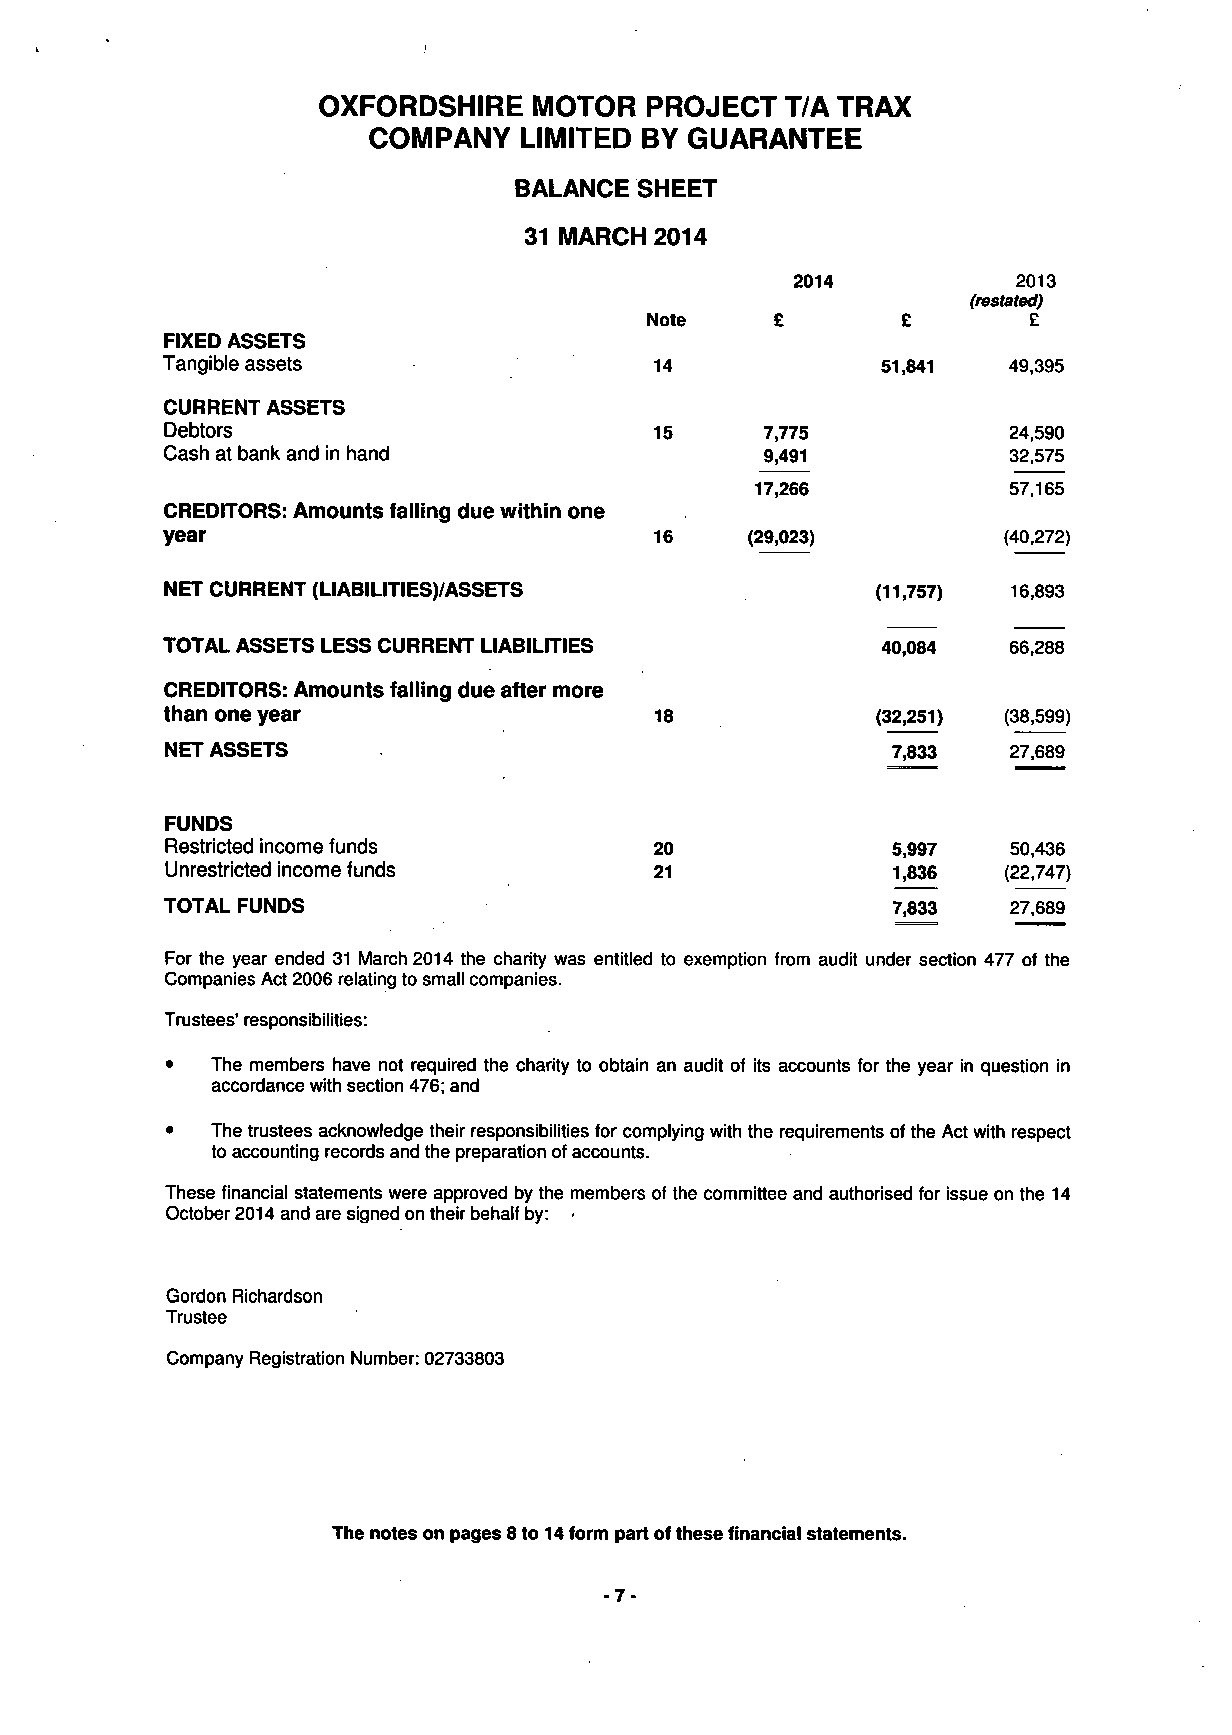
OXFORDSHIRE   MOTOR   PROJECT  T/A TRAX
 COMPANY    LIMITED BY GUARANTEE
 BALANCE SHEET
 31 MARCH 2014
 2014          2013
 (restated)
 Note             £       £
 FIXED ASSETS
 Tangible assets                 14             51,841   49,395
 CURRENT ASSETS
 Debtors                         15      7,775           24,590
 Cash at bank and in hand                9,491           32,575
 57,165
 17,266
 CREDITORS: Amounts falling due within one
 year                            16                     (40,272)
 (29,023)
 NET CURRENT (LIABILITIES)/ASSETS               (11,757) 16,893
 TOTAL ASSETS LESS CURRENT LIABILITIES          40,084   66,288
 CREDITORS: Amounts falling due after more
 than one year                   18             (32,251) (38,599)
 NET ASSETS                                      7,833   27,689
 FUNDS
 Restricted income funds         20              5,997   50,436
 Unrestricted income funds       21              1,836  (22,747)
 TOTAL FUNDS                                     7,833   27,689
 For the year ended 31 March 2014 the charity was entitled to exemption from audit under section 477 of the
 Companies Act 2006 relating to small companies.
 Trustees' responsibilities:
 •  The members have not required the charity to obtain an audit of its accounts for the year in question in
 accordance with section 476; and
 •  The trustees acknowledge their responsibilities for complying with the requirements of the Act with respect
 to accounting records and the preparation of accounts.
 These financial statements were approved by the members of the committee and authorised for issue on the 14
 October 2014 and are signed on their behalf by: •
 Gordon Richardson
 Trustee
 Company Registration Number: 02733803
 The notes on pages 8 to 14 form part of these financial statements.
 -7-